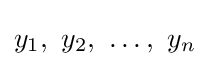
y_{1},\ y_{2},\ \ldots ,\ y_{n}